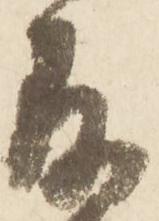
存